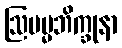
ဩပမ္မဘိက္ခုနာ